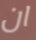
ان